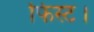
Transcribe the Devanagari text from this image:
फिस्ट।